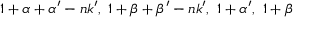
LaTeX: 1 + \alpha + \alpha ^ { \prime } - n k ^ { \prime } , ~ 1 + \beta + \beta ^ { \prime } - n k ^ { \prime } , ~ 1 + \alpha ^ { \prime } , ~ 1 + \beta